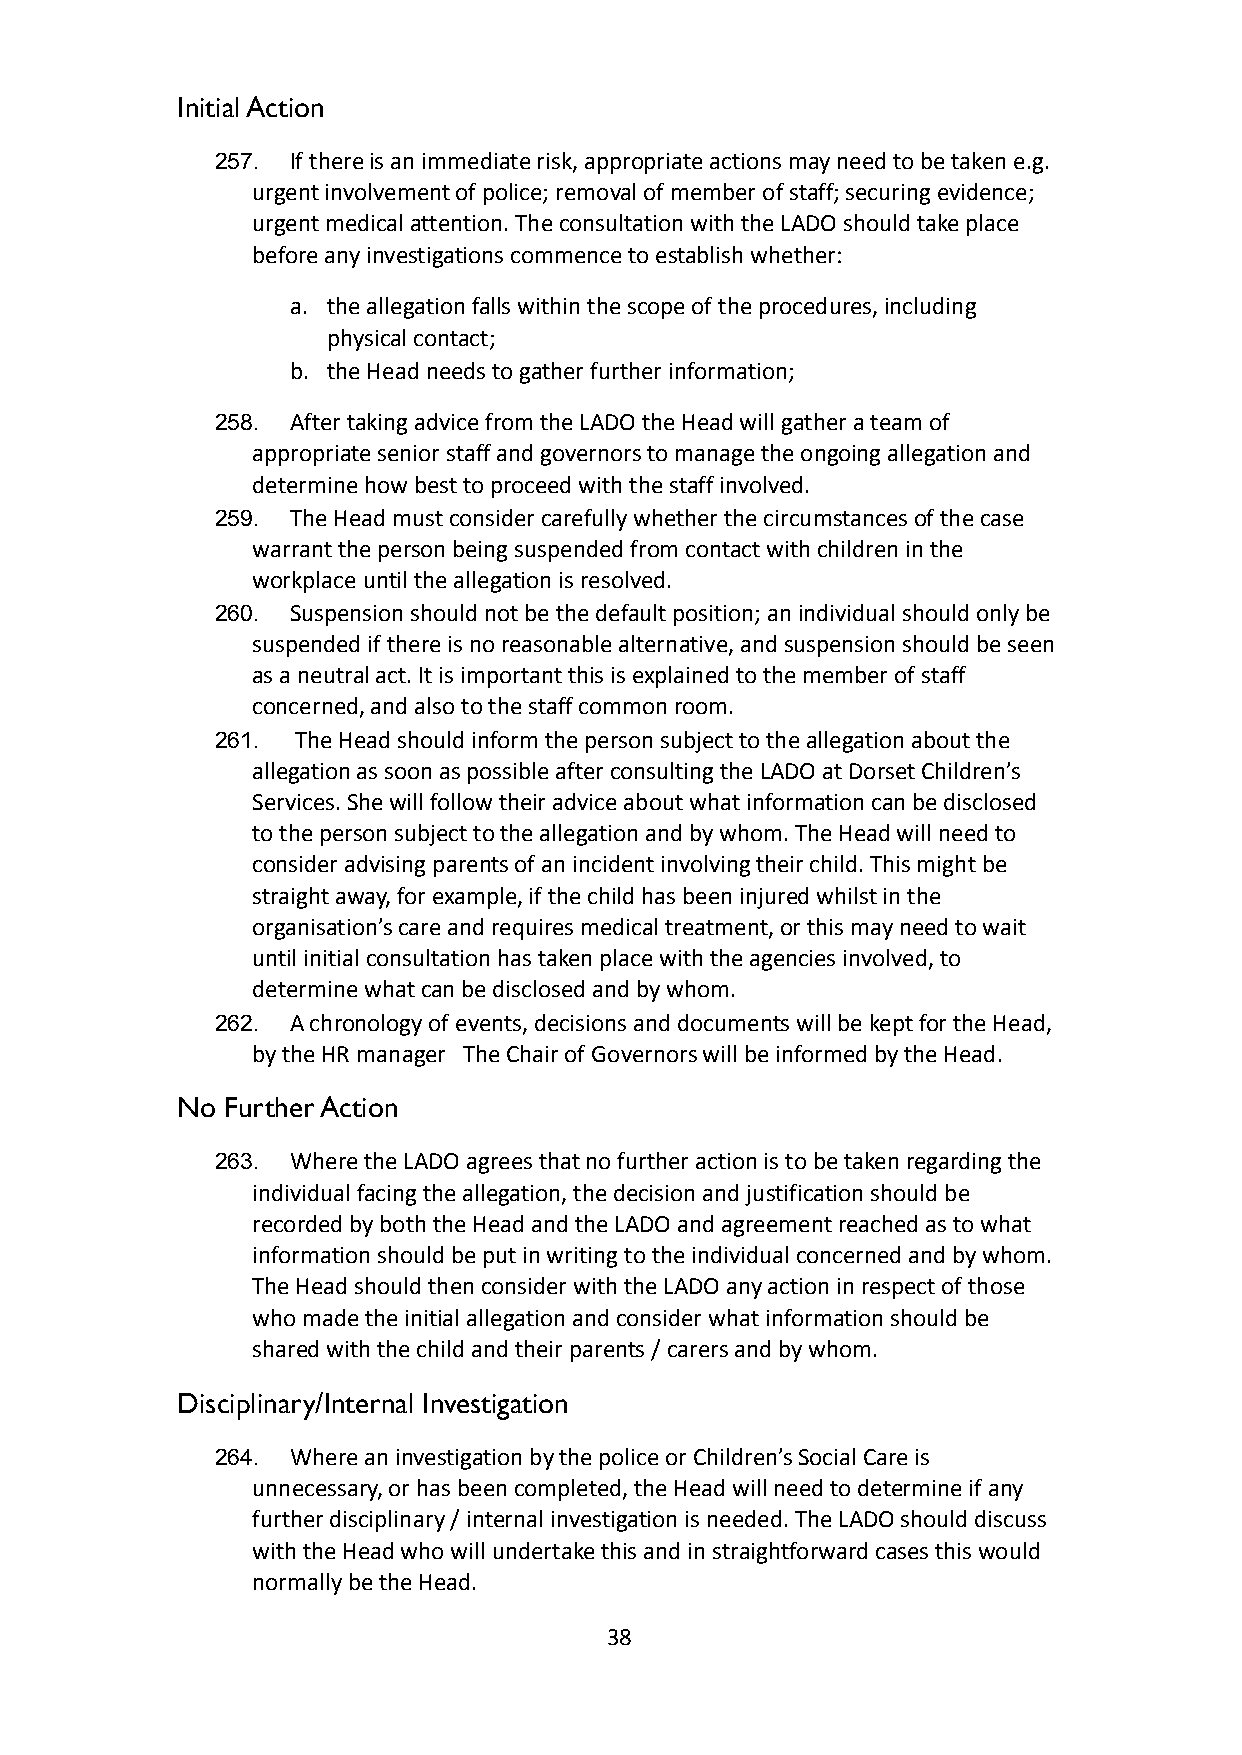
Initial Action
 257. If there is an immediate risk, appropriate actionsmay need to be taken e.g.
 urgent involvement of police; removal of member ofstaff; securing evidence;
 urgent medical attention. The consultation with theLADO should take place
 before any investigations commence to establish whether:
 a. the allegation falls within the scope of the procedures,including
 physical contact;
 b. the Head needs to gather further information;
 258. After taking advice from the LADO the Head will gathera team of
 appropriate senior staff and governors to manage theongoing allegation and
 determine how best to proceed with the staff involved.
 259. The Head must consider carefully whether the circumstancesof the case
 warrant the person being suspended from contact withchildren in the
 workplace until the allegation is resolved.
 260. Suspension should not be the default position; anindividual should only be
 suspended if there is no reasonable alternative, andsuspension should be seen
 as a neutral act. It is important this is explainedto the member of staff
 concerned, and also to the staff common room.
 261.  The Head should inform the person subject to theallegation about the
 allegation as soon as possible after consulting theLADO at Dorset Children’s
 Services. She will follow their advice about whatinformation can be disclosed
 to the person subject to the allegation and by whom.The Head will need to
 consider advising parents of an incident involvingtheir child. This might be
 straight away, for example, if the child has beeninjured whilst in the
 organisation’s care and requires medical treatment,or this may need to wait
 until initial consultation has taken place with theagencies involved, to
 determine what can be disclosed and by whom.
 262. A chronology of events, decisions and documents willbe kept for the Head,
 by the HR manager The Chair of Governors will beinformed by the Head.
 No Further Action
 263. Where the LADO agrees that no further action is tobe taken regarding the
 individual facing the allegation, the decision andjustification should be
 recorded by both the Head and the LADO and agreementreached as to what
 information should be put in writing to the individualconcerned and by whom.
 The Head should then consider with the LADO any actionin respect of those
 who made the initial allegation and consider whatinformation should be
 shared with the child and their parents / carers andby whom.
 Disciplinary/Internal Investigation
 264. Where an investigation by the police or Children’sSocial Care is
 unnecessary, or has been completed, the Head willneed to determine if any
 further disciplinary / internal investigation is needed.The LADO should discuss
 with the Head who will undertake this and in straightforwardcases this would
 normally be the Head.
 38